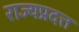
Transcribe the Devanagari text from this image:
राज्यप्रदत्त